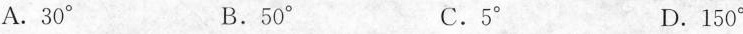
A.30° B.50° C.5° D.150°